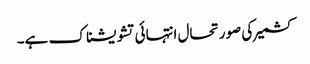
کشمیر کی صورتحال انتہائی تشویشناک ہے۔